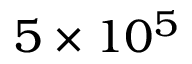
5 \times 1 0 ^ { 5 }